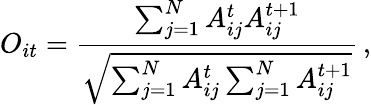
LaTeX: O_{it}=\frac{\sum_{j=1}^{N}A_{ij}^{t}A_{ij}^{t+1}}{\sqrt{\sum_{j=1}^{N}A_{ij}^{t}\sum_{j=1}^{N}A_{ij}^{t+1}}}\, ,